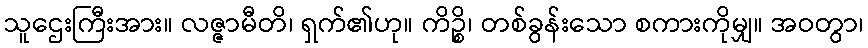
သူဌေးကြီးအား။ လဇ္ဇာမီတိ၊ ရှက်၏ဟု။ ကိဉ္စိ၊ တစ်ခွန်းသော စကားကိုမျှ။ အဝတွာ၊